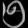
Digit: ၅